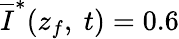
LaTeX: \overline{I}^{*}(z_{f},\ t)=0.6